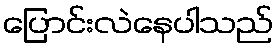
ပြောင်းလဲနေပါသည်